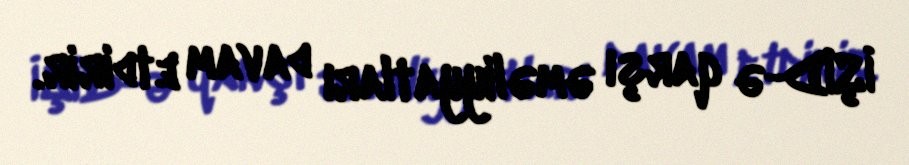
İŞİD-ə qarşı əməliyyatları davam etdirir.